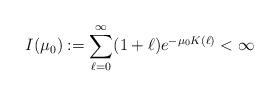
LaTeX: \begin{align*}I( \mu_0) := \sum_{\ell =0}^{\infty} (1+ \ell)e^{- \mu_0 K( \ell)} < \infty\end{align*}